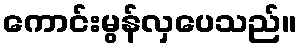
ကောင်းမွန်လှပေသည်။